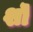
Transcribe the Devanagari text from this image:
शॊ